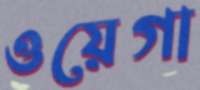
ওয়েগা